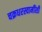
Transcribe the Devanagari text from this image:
चक्रधरस्वामींशी